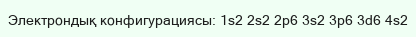
Электрондық конфигурациясы: 1s2 2s2 2p6 3s2 3p6 3d6 4s2